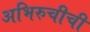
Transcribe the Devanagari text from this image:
अभिरुचीची